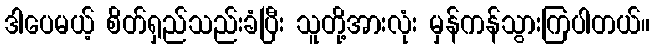
ဒါပေမယ့် စိတ်ရှည်သည်းခံပြီး သူတို့အားလုံး မှန်ကန်သွားကြပါတယ်။